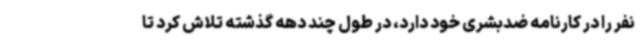
نفر را در کارنامه ضدبشری خود دارد، در طول چند دهه گذشته تلاش کرد تا